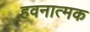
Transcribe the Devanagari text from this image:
हवनात्मक